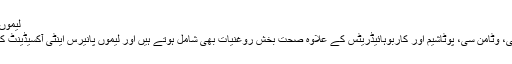
لیموں پانی کے بے شمار فائدے ملاحظہ کریں
کھٹے اور رسیلے پھل لیموں میں وٹامن بی، وٹامن سی، پوٹاشیم اور کاربوہائیڈریٹس کے علاوہ صحت بخش روغنیات بھی شامل ہوتے ہیں اور لیموں پانیرس اینٹی آکسیڈینٹ کا کام کرنے کی صلاحیت بھی رکھتا ہے۔